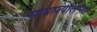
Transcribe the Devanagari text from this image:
साम्राज्यलिप्सा